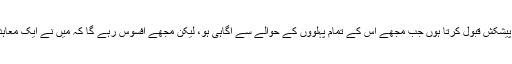
میں صرف اسی صورت میں کوئی اچھی پیشکش قبول کرتا ہوں جب مجھے اس کے تمام پہلوؤں کے حوالے سے آگاہی ہو، لیکن مجھے افسوس رہے گا کہ میں نے ایک معاہدے کے باعث اس قدر اچھا موقع گنوا دیا۔